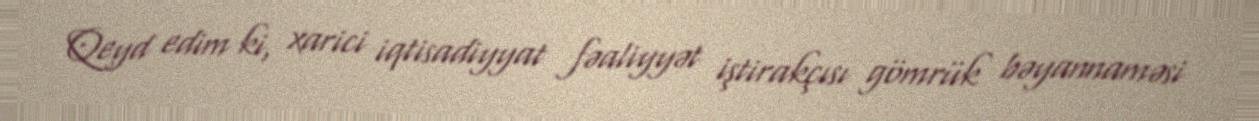
Qeyd edim ki, xarici iqtisadiyyat fəaliyyət iştirakçısı gömrük bəyannaməsi